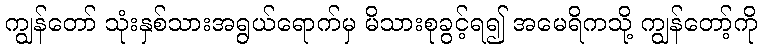
ကျွန်တော် သုံးနှစ်သားအရွယ်ရောက်မှ မိသားစုခွင့်ရ၍ အမေရိကသို့ ကျွန်တော့်ကို